Annual administration report of the Civil Veterinary Department of India - 1896-1897
Year: 1896
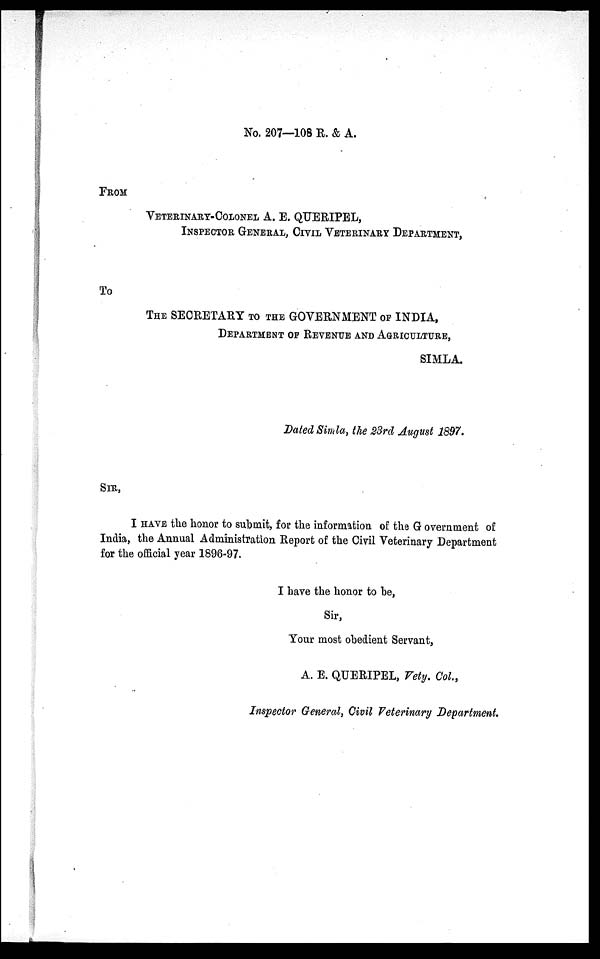
No. 207—108 R. & A.
FROM
VETERINARY-COLONEL A. E. QUERIPEL,
INSPECTOR GENEEAL, CIVIL VETERINARY DEPARTMENT,To
THE SECRETARY TO THE GOVERNMENT OF INDIA,
DEPARTMENT OP REVENUE AND AGRICULTURE,
SIMLA.
Dated Simla, the 23rd August 1897.
SIR,
I HAVE the honor to submit, for the information of the Government of
India, the Annual Administration Report of the Civil Veterinary Department
for the official year 1896-97.
I have the honor to be,
Sir,
Your most obedient Servant,
A. E. QUERIPEL, Vety. Col.,
Inspector General, Civil Veterinary Department.